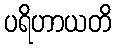
ပရိဟာယတိ